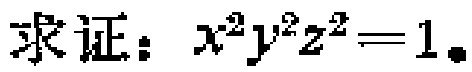
求证：\(x^{2}y^{2}z^{2}=1\)。